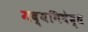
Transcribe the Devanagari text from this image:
मद्यनिषेद्ध